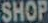
SHOP